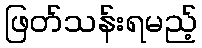
ဖြတ်သန်းရမည့်